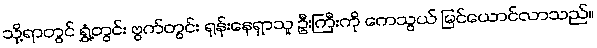
သို့ရာတွင် ရွှံ့တွင်း ဗွက်တွင်း ရုန်းနေရှာသူ ဦးကြီးကို ကေသွယ် မြင်ယောင်လာသည်။